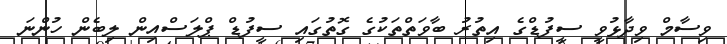
ވިސާމް ވިދާޅުވީ ސީފުޑްގެ އިތުރު ބާވަތްތަކުގެ ގޮތުގައި ސީފުޑް ޕްލަސްއިން ލިބެން ހުންނަ